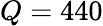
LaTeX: Q=440